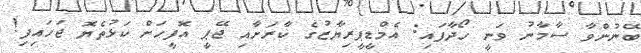
ބޭނުންވާ ސާމާނު ވަނީ ހޯދާފައި: އެމްޑީޕީރިޔާޒުގެ ކާރަށާއި ޖޭޕީ އޮފީހަށް ކަޅުތެޔޮ ޖަހައިފި!